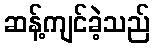
ဆန့်ကျင်ခဲ့သည်